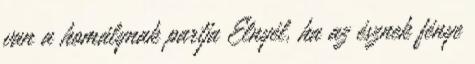
van a homálynak partja Elnyél, ha az észnek fénye